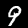
Digit: 9